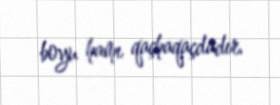
boyu hamı qaçhaqaçdadır.